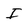
Character: I